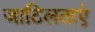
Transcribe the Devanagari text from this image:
जाटिलताएं